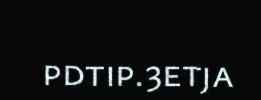
pdtip.3etja